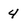
Character: 4